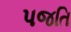
પજતિ